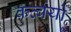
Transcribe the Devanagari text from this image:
कर्त्वयों